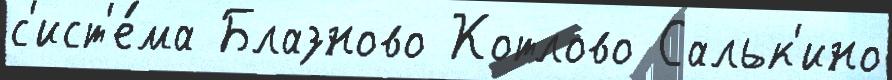
с'ист'е́ма Блазново Котлово Сальк'ино